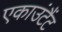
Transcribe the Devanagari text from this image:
एकाउंटैंट